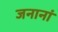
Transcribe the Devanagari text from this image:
जनानां